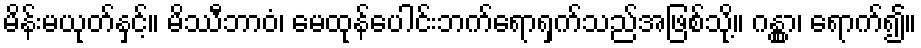
မိန်းမယုတ်နှင့်။ မိဿီဘာဝံ၊ မေထုန်ပေါင်းဘက်ရောရှက်သည်အဖြစ်သို့။ ဂန္တွာ၊ ရောက်၍။